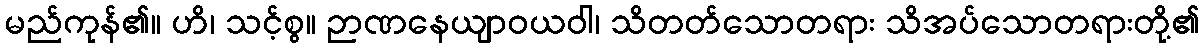
မည်ကုန်၏။ ဟိ၊ သင့်စွ။ ဉာဏနေယျာဝယဝါ၊ သိတတ်သောတရား သိအပ်သောတရားတို့၏